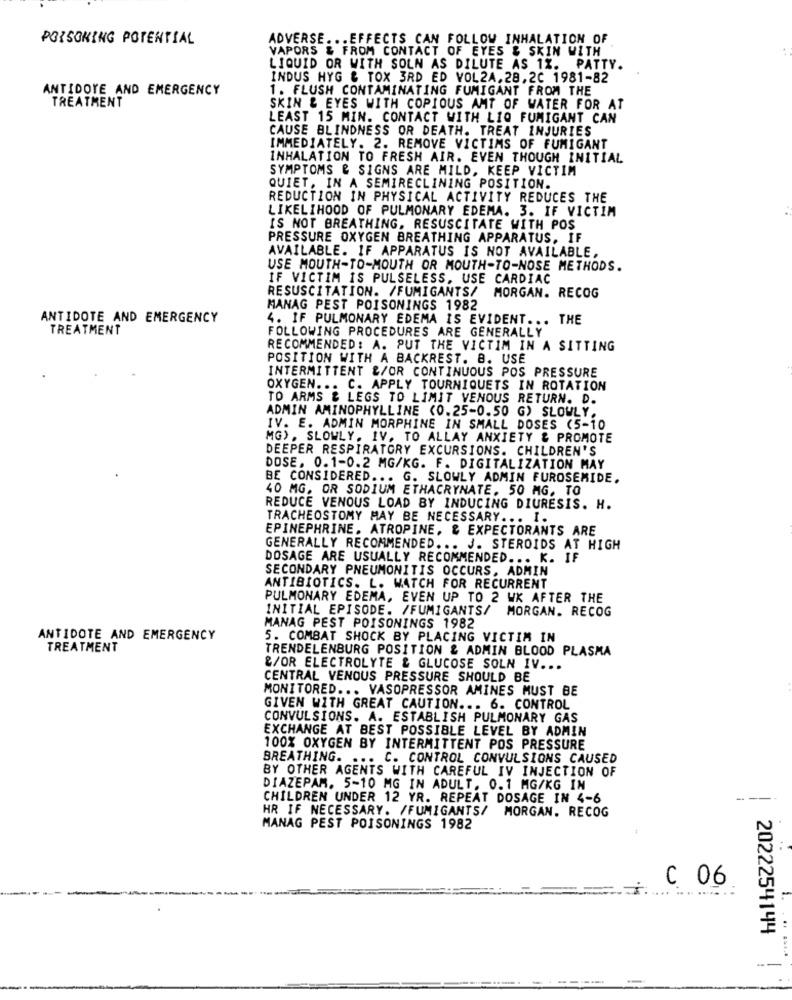
POISOKING POTENTIAL
ADVERSE .. . EFFECTS CAN FOLLOW INHALATION OF
VAPORS & FROM CONTACT OF EYES & SKIN WITH
LIQUID OR WITH SOLN AS DILUTE AS 1%. PATTY.
INDUS HYG & TOX 3RD ED VOL2A.28,20 1981-82
ANTIDOTE AND EMERGENCY
1. FLUSH CONTAMINATING FUMIGANT FROM THE
TREATMENT
SKIN & EYES WITH COPIOUS AMT OF WATER FOR AT
LEAST 15 MIN. CONTACT WITH LIQ FUMIGANT CAN
CAUSE BLINDNESS OR DEATH. TREAT INJURIES
IMMEDIATELY. 2. REMOVE VICTIMS OF FUMIGANT
INHALATION TO FRESH AIR. EVEN THOUGH INITIAL
SYMPTOMS & SIGNS ARE MILD, KEEP VICTIM
QUIET, IN A SEMIRECLINING POSITION.
REDUCTION IN PHYSICAL ACTIVITY REDUCES THE
LIKELIHOOD OF PULMONARY EDEMA. 3. IF VICTIM
IS NOT BREATHING, RESUSCITATE WITH POS
PRESSURE OXYGEN BREATHING APPARATUS, IF
AVAILABLE. IF APPARATUS IS NOT AVAILABLE,
USE MOUTH-TO-MOUTH OR MOUTH-TO-NOSE METHODS.
IF VICTIM IS PULSELESS, USE CARDIAC
RESUSCITATION. /FUMIGANTS/ MORGAN. RECOG
MANAG PEST POISONINGS 1982
ANTIDOTE AND EMERGENCY
4. IF PULMONARY EDEMA IS EVIDENT ... THE
TREATMENT
FOLLOWING PROCEDURES ARE GENERALLY
RECOMMENDED: A. PUT THE VICTIM IN A SITTING
POSITION WITH A BACKREST. B. USE
INTERMITTENT &/OR CONTINUOUS POS PRESSURE
OXYGEN ... C. APPLY TOURNIQUETS IN ROTATION
TO ARMS & LEGS TO LIMIT VENOUS RETURN. D.
ADMIN AMINOPHYLLINE (0.25-0.50 G) SLOWLY,
IV. E. ADMIN MORPHINE IN SMALL DOSES (5-10
MG), SLOWLY. IV. TO ALLAY ANXIETY & PROMOTE
DEEPER RESPIRATORY EXCURSIONS. CHILDREN'S
DOSE. 0.1-0.2 MG/KG. F. DIGITALIZATION MAY
BE CONSIDERED ... G. SLOWLY ADMIN FUROSEMIDE.
40 MG, OR SODIUM ETHACRYNATE. 50 MG, TO
REDUCE VENOUS LOAD BY INDUCING DIURESIS. H.
TRACHEOSTOMY MAY BE NECESSARY ... I.
EPINEPHRINE. ATROPINE, & EXPECTORANTS ARE
GENERALLY RECOMMENDED ... J. STEROIDS AT HIGH
DOSAGE ARE USUALLY RECOMMENDED ... K. IF
SECONDARY PNEUMONITIS OCCURS, ADMIN
ANTIBIOTICS. L. WATCH FOR RECURRENT
PULMONARY EDEMA, EVEN UP TO 2 WK AFTER THE
INITIAL EPISODE. /FUMIGANTS/ MORGAN. RECOG
MANAG PEST POISONINGS 1982
ANTIDOTE AND EMERGENCY
5. COMBAT SHOCK BY PLACING VICTIM IN
TREATMENT
TRENDELENBURG POSITION & ADMIN BLOOD PLASMA
&/OR ELECTROLYTE & GLUCOSE SOLN IV ...
CENTRAL VENOUS PRESSURE SHOULD BE
MONITORED ... VASOPRESSOR AMINES MUST BE
GIVEN WITH GREAT CAUTION ... 6. CONTROL
CONVULSIONS. A. ESTABLISH PULMONARY GAS
EXCHANGE AT BEST POSSIBLE LEVEL BY ADMIN
100% OXYGEN BY INTERMITTENT POS PRESSURE
BREATHING. ... C. CONTROL CONVULSIONS CAUSED
BY OTHER AGENTS WITH CAREFUL IV INJECTION OF
DIAZEPAM. 5-10 MG IN ADULT, 0.1 MG/KG IN
CHILDREN UNDER 12 YR. REPEAT DOSAGE IN 4-6
HR IF NECESSARY. /FUMIGANTS/ MORGAN. RECOG
MANAG PEST POISONINGS 1982
C 06
2022254144
--